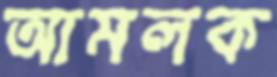
আমলক